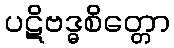
ပဋိဗဒ္ဓစိတ္တော